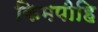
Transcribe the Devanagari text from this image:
किमपीहि